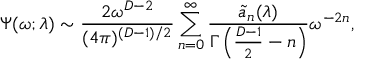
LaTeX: \Psi ( \omega ; \lambda ) \sim { \frac { 2 \omega ^ { D - 2 } } { ( 4 \pi ) ^ { ( D - 1 ) / 2 } } } \sum _ { n = 0 } ^ { \infty } { \frac { \tilde { a } _ { n } ( \lambda ) } { \Gamma \left( { \frac { D - 1 } { 2 } } - n \right) } } \omega ^ { - 2 n } ,